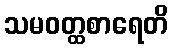
သမဝတ္ထစာရေတိ